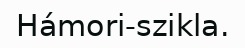
Hámori-szikla.